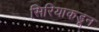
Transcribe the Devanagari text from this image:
सिरियाकडून